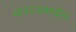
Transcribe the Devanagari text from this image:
माउंटन्समधील